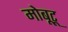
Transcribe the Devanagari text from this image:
मोबूटू